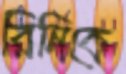
রিনিকে